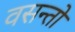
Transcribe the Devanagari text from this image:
वसन्तो